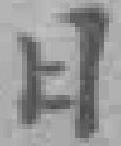
日